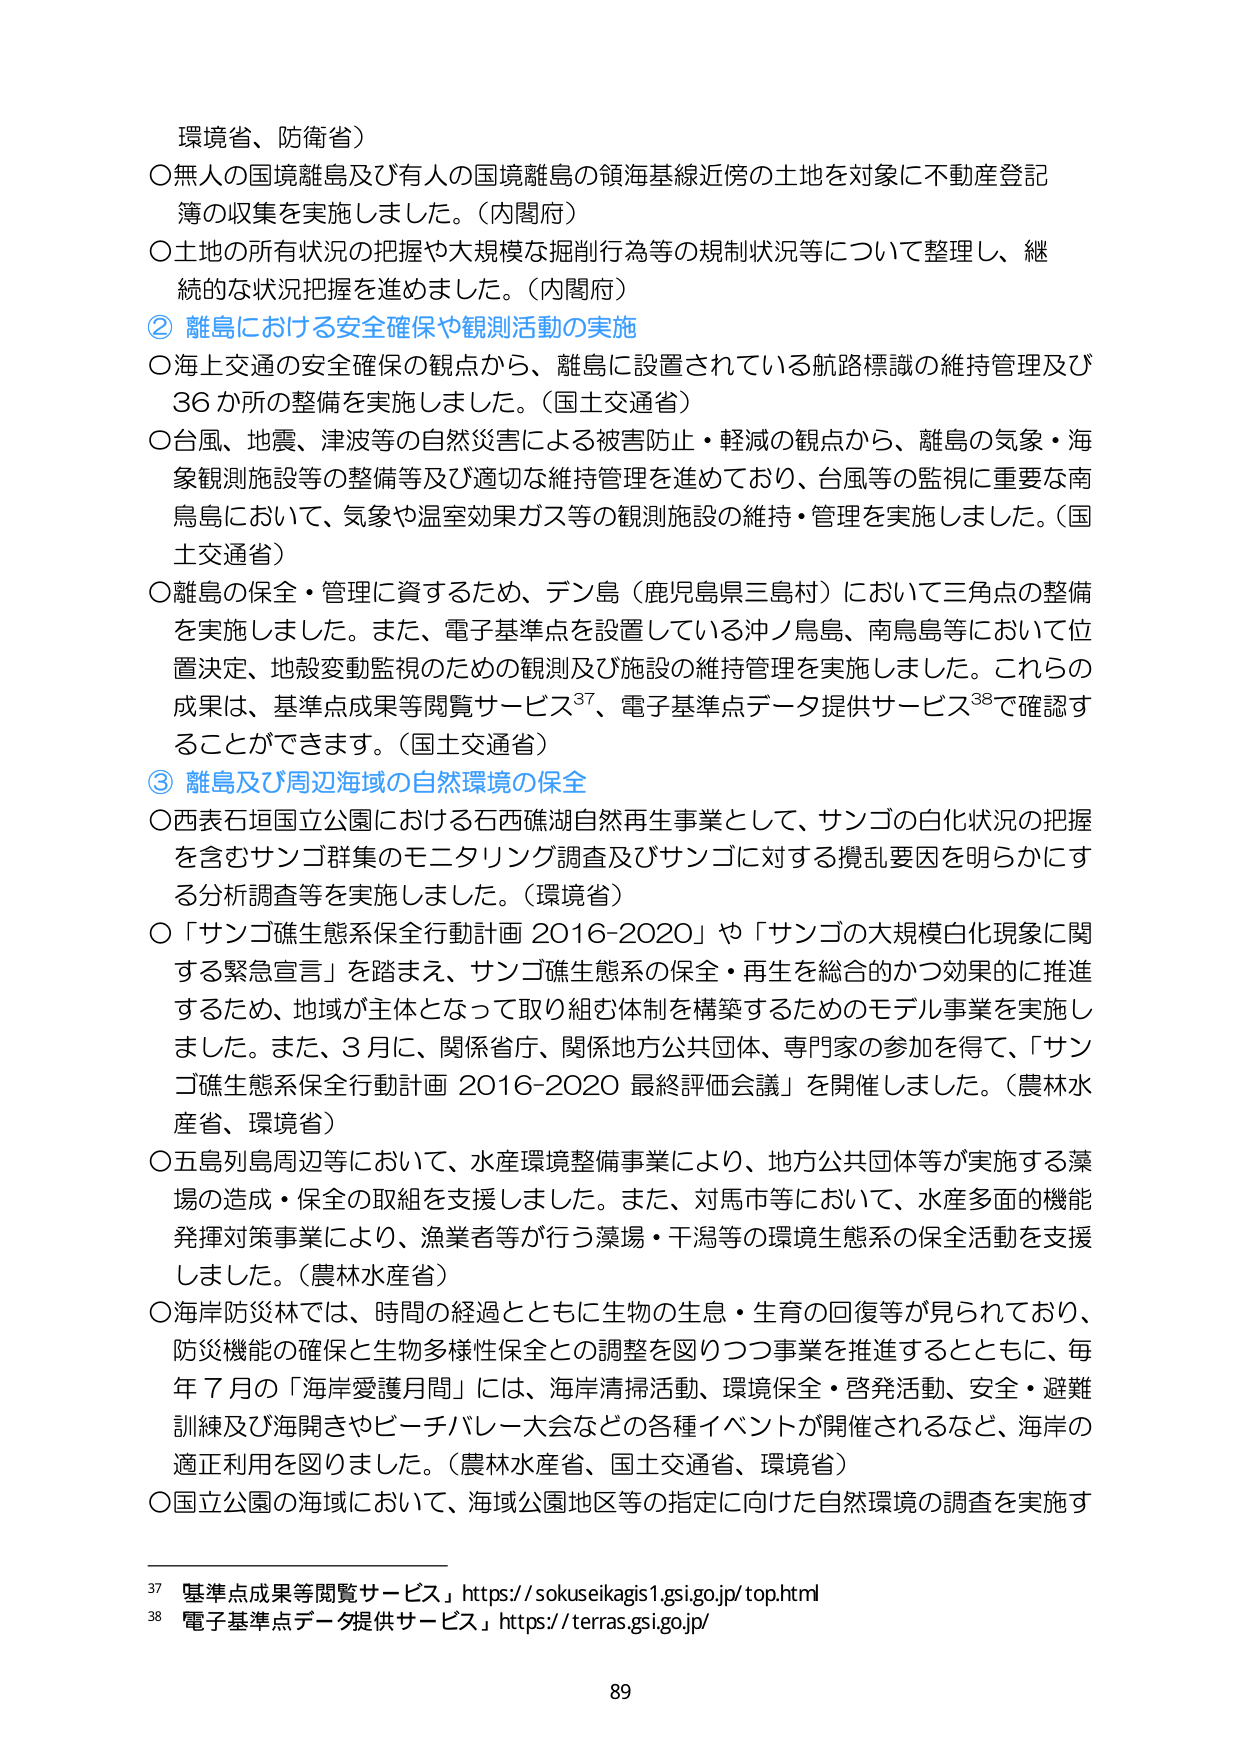
環境省、防衛省）

〇無人の国境離島及び有人の国境離島の領海基線近傍の土地を対象に不動産登記簿の収集を実施しました。（内閣府）

〇土地の所有状況の把握や大規模な掘削行為等の規制状況等について整理し、継続的な状況把握を進めました。（内閣府）

② 離島における安全確保や観測活動の実施

〇海上交通の安全確保の観点から、離島に設置されている航路標識の維持管理及び36か所の整備を実施しました。（国土交通省）

〇台風、地震、津波等の自然災害による被害防止・軽減の観点から、離島の気象・海象観測施設等の整備等及び適切な維持管理を進めており、台風等の監視に重要な南鳥島において、気象や温室効果ガス等の観測施設の維持・管理を実施しました。（国土交通省）

〇離島の保全・管理に資するため、デン島（鹿児島県三島村）において三角点の整備を実施しました。また、電子基準点を設置している沖ノ鳥島、南鳥島等において位置決定、地殻変動監視のための観測及び施設の維持管理を実施しました。これらの成果は、基準点成果等閲覧サービス37、電子基準点データ提供サービス38で確認することができます。（国土交通省）

③ 離島及び周辺海域の自然環境の保全

〇西表石垣国立公園における石西礁湖自然再生事業として、サンゴの白化状況の把握を含むサンゴ群集のモニタリング調査及びサンゴに対する攪乱要因を明らかにする分析調査等を実施しました。（環境省）

〇「サンゴ礁生態系保全行動計画 2016-2020」や「サンゴの大規模白化現象に関する緊急宣言」を踏まえ、サンゴ礁生態系の保全・再生を総合的かつ効果的に推進するため、地域が主体となって取り組む体制を構築するためのモデル事業を実施しました。また、3月に、関係省庁、関係地方公共団体、専門家の参加を得て、「サンゴ礁生態系保全行動計画 2016-2020 最終評価会議」を開催しました。（農林水産省、環境省）

〇五島列島周辺等において、水産環境整備事業により、地方公共団体等が実施する藻場の造成・保全の取組を支援しました。また、対馬市等において、水産多面的機能発揮対策事業により、漁業者等が行う藻場・干潟等の環境生態系の保全活動を支援しました。（農林水産省）

〇海岸防災林では、時間の経過とともに生物の生息・生育の回復等が見られており、防災機能の確保と生物多様性保全との調整を図りつつ事業を推進するとともに、毎年7月の「海岸愛護月間」には、海岸清掃活動、環境保全・啓発活動、安全・避難訓練及び海開きやビーチバレーボール大会などの各種イベントが開催されるなど、海岸の適正利用を図りました。（農林水産省、国土交通省、環境省）

〇国立公園の海域において、海域公園地区等の指定に向けた自然環境の調査を実施す

37 基準点成果等閲覧サービス」https://sokuseikagis1.gsi.go.jp/top.html
38 電子基準点データ提供サービス」https://terras.gsi.go.jp/

89